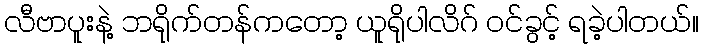
လီဗာပူးနဲ့ ဘရိုက်တန်ကတော့ ယူရိုပါလိဂ် ဝင်ခွင့် ရခဲ့ပါတယ်။